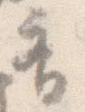
斎